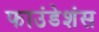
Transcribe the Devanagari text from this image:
फाउंडेशंस